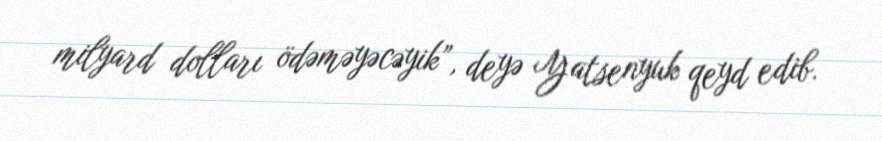
milyard dolları ödəməyəcəyik”, deyə Yatsenyuk qeyd edib.